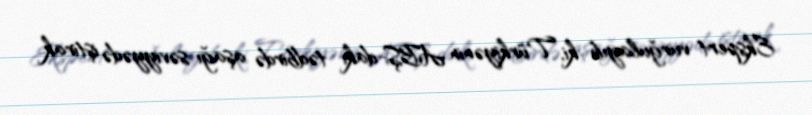
Ekspert vurğulayıb ki, Türkiyənin ABŞ-dakı tədbirdə aşağı səviyyədə iştirak